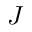
J